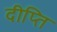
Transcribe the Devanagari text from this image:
दीप्‍ति